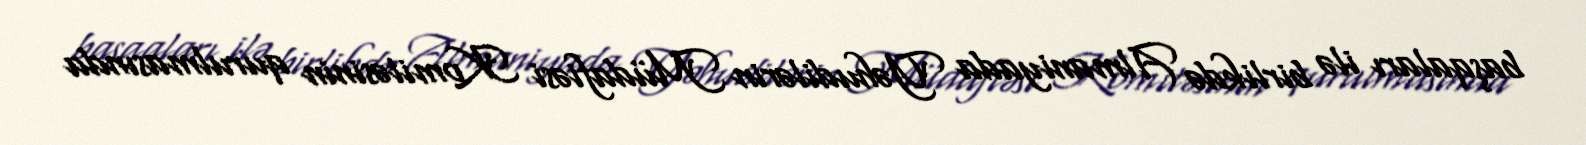
başqaları ilə birlikdə Almaniyada Yəhudilərin Müdafiəsi Komitəsinin qurulmasında